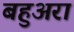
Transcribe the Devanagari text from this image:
बहुअरा